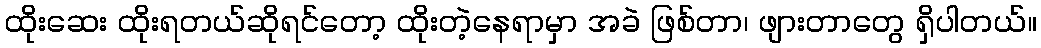
ထိုးဆေး ထိုးရတယ်ဆိုရင်တော့ ထိုးတဲ့နေရာမှာ အခဲ ဖြစ်တာ၊ ဖျားတာတွေ ရှိပါတယ်။